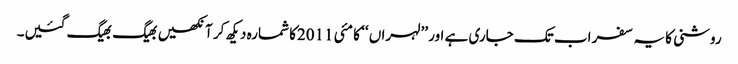
روشنی کا یہ سفر اب تک جاری ہے اور ’’لہراں ‘‘ کا مئی 2011کا شمارہ دیکھ کر آنکھیں بھیگ بھیگ گئیں۔